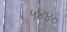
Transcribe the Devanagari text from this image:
५४४०